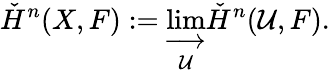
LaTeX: {\check{H}}^{n}(X,F):=\varinjlim_{\mathcal{U}}{\check{H}}^{n}({\mathcal{U}},F).